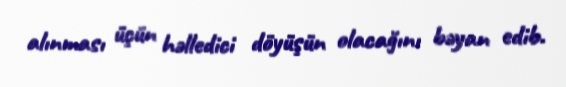
alınması üçün həlledici döyüşün olacağını bəyan edib.